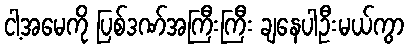
ငါ့အမေကို ပြစ်ဒဏ်အကြီးကြီး ချနေပါဦးမယ်ကွာ